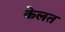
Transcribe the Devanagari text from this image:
केलत